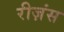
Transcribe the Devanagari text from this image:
रीज़ंस